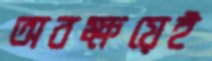
অবক্ষয়েই